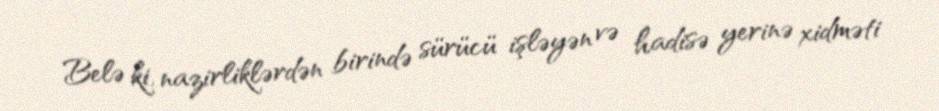
Belə ki, nazirliklərdən birində sürücü işləyən və hadisə yerinə xidməti